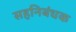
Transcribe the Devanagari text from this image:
सहनिबंधक